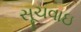
સૂચવાઇ